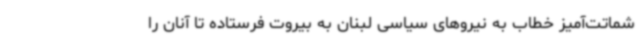
شماتت‌آمیز خطاب به نیروهای سیاسی لبنان به بیروت فرستاده تا آنان را